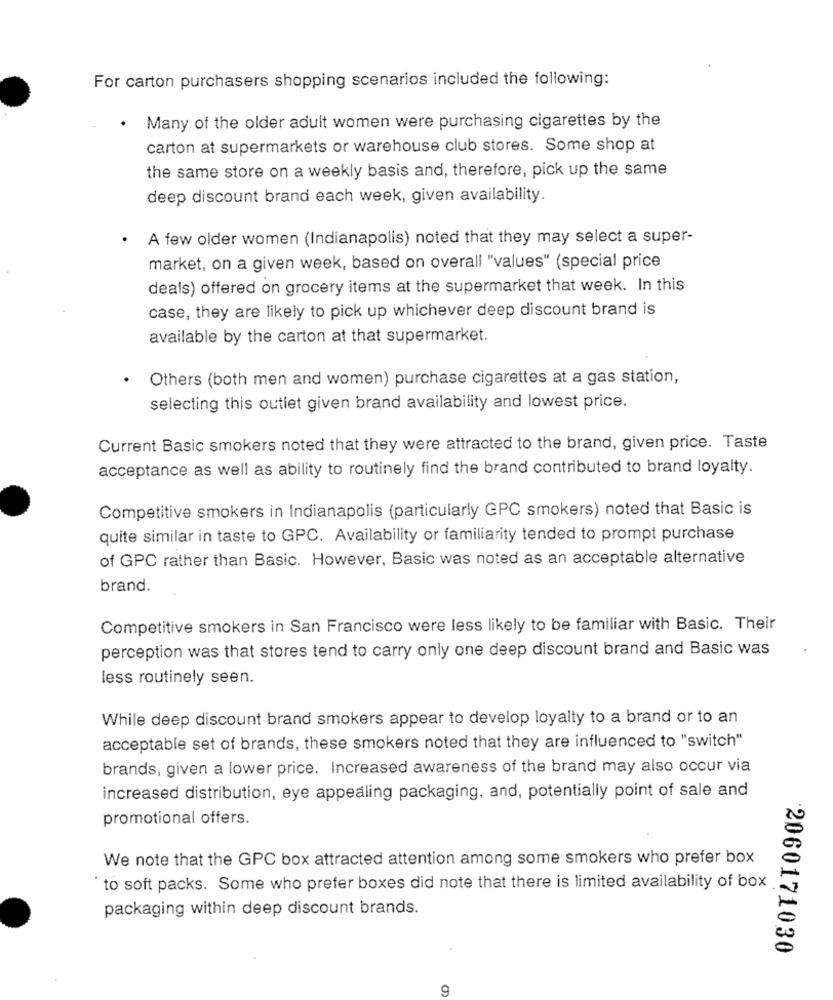
For carton purchasers shopping scenarios included the following:
.
Many of the older adult women were purchasing cigarettes by the
carton at supermarkets or warehouse club stores. Some shop at
the same store on a weekly basis and, therefore, pick up the same
deep discount brand each week, given availability.
A few older women (Indianapolis) noted that they may select a super-
market, on a given week, based on overall "values" (special price
deals) offered on grocery items at the supermarket that week. In this
case, they are likely to pick up whichever deep discount brand is
available by the carton at that supermarket.
Others (both men and women) purchase cigarettes at a gas station,
selecting this outlet given brand availability and lowest price.
Current Basic smokers noted that they were attracted to the brand, given price. Taste
acceptance as well as ability to routinely find the brand contributed to brand loyalty.
Competitive smokers in Indianapolis (particularly GPC smokers) noted that Basic is
quite similar in taste to GPC. Availability or familiarity tended to prompt purchase
of GPC rather than Basic. However, Basic was noted as an acceptable alternative
brand.
Competitive smokers in San Francisco were less likely to be familiar with Basic. Their
perception was that stores tend to carry only one deep discount brand and Basic was
less routinely seen.
While deep discount brand smokers appear to develop loyalty to a brand or to an
acceptable set of brands, these smokers noted that they are influenced to "switch"
brands, given a lower price. Increased awareness of the brand may also occur via
increased distribution, eye appealing packaging, and, potentially point of sale and
promotional offers.
We note that the GPC box attracted attention among some smokers who prefer box
to soft packs. Some who prefer boxes did note that there is limited availability of box
packaging within deep discount brands.
2060171030
9